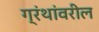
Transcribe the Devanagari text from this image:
ग्रंथांवरील